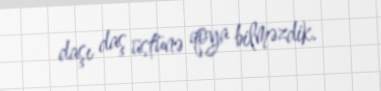
daşı daş üstünə qoya bilməzdik.